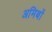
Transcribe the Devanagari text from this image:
अमिबों